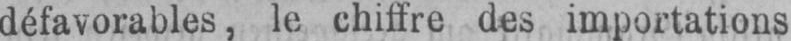
défavorables, le chiffre des importations